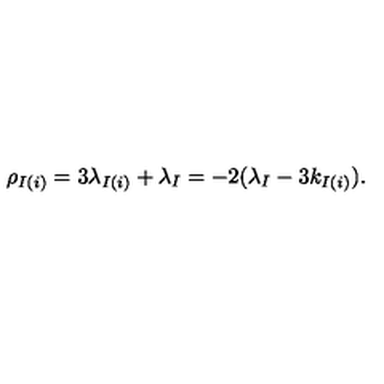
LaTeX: \rho _ { I ( i ) } = 3 \lambda _ { I ( i ) } + \lambda _ { I } = - 2 ( \lambda _ { I } - 3 k _ { I ( i ) } ) .